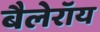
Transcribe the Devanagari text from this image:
बैलेरॉय